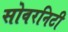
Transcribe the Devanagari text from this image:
सोवरनिटी